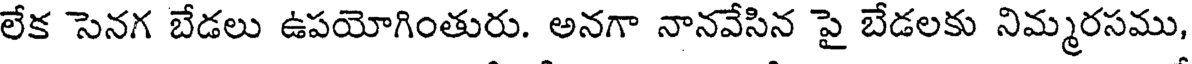
లేక సెనగ బేడలు ఉపయోగింతురు. అనగా నానవేసిన పై బేడలకు నిమ్మరసము,